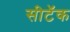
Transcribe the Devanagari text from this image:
सीटॅक